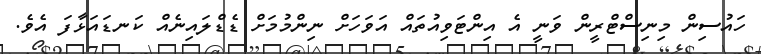
ހައުސިން މިނިސްޓްރީން ވަނީ އެ އިންޓަވިއުތައް އަވަހަށް ނިންމުމަށް ޑެޑްލައިނެއް ކަނޑައަޅާފަ އެވެ.